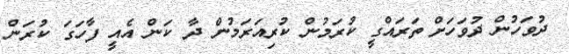
ދުވަހުން ދުވަހަށް ތަރައްގީ ކުރަމުން ކުރިއަރަމުން ދާ ކަން އެއީ ފާހަގަ ކުރަން